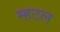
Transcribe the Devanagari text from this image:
म्हटल